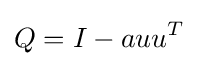
Q=I-auu^{T}